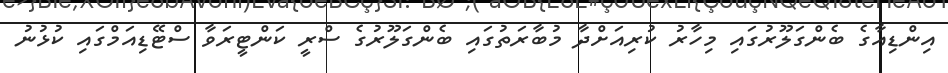
އިންޑިއާގެ ބެންގަލޫރުގައި މިހާރު ކުރިއަށްދާ މުބާރަތުގައި ބެންގަލޫރުގެ ސްރީ ކަންޓީރަވާ ސްޓޭޑިއަމްގައި ކުޅުނު